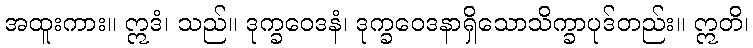
အထူးကား။ ဣဒံ၊ သည်။ ဒုက္ခဝေဒနံ၊ ဒုက္ခဝေဒနာရှိသောသိက္ခာပုဒ်တည်း။ ဣတိ၊